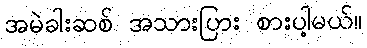
အမဲခါးဆစ် အသားပြား စားပါ့မယ်။